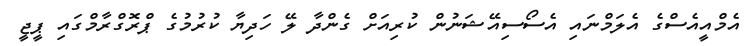
އެމްއީއެސްގެ އެލަމްނައި އެސޯސިއޭޝަނުން ކުރިއަށް ގެންދާ ލޭ ހަދިޔާ ކުރުމުގެ ޕްރޮގްރާމްގައި ޕީޖީ